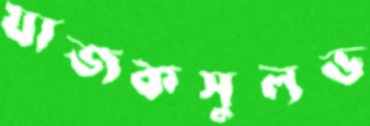
যাজকসুলভ